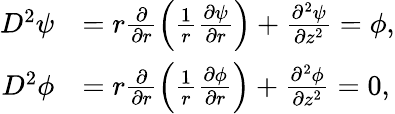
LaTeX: \begin{array}{rl}{D^{2}\psi}&{=r\frac{\partial}{\partial r}\left(\frac{1}{r}\frac{\partial\psi}{\partial r}\right)+\frac{\partial^{2}\psi}{\partial z^{2}}=\phi,}\\ {D^{2}\phi}&{=r\frac{\partial}{\partial r}\left(\frac{1}{r}\frac{\partial\phi}{\partial r}\right)+\frac{\partial^{2}\phi}{\partial z^{2}}=0,}\end{array}